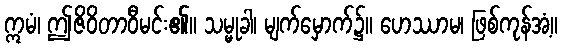
ဣမံ၊ ဤဇိဝိတာဝီမင်း၏။ သမ္မုခါ၊ မျက်မှောက်၌။ ဟေဿာမ၊ ဖြစ်ကုန်အံ့။